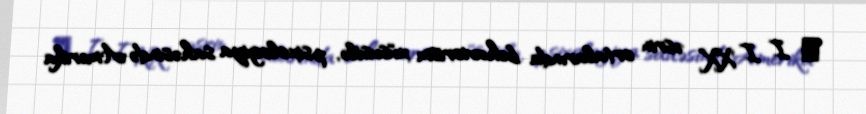
Δ I I XX əsrin ortalarında behaviorism xüsusilə, psixologiya sahəsində Amerika